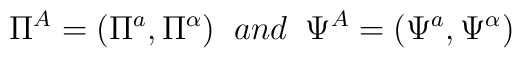
\Pi^{A}=(\Pi^{a},\Pi^{\alpha}) \;\;and \;\;\Psi^{A}=(\Psi^{a},\Psi^{\alpha})